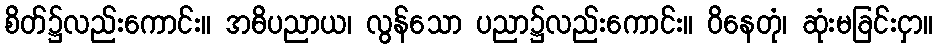
စိတ်၌လည်းကောင်း။ အဓိပညာယ၊ လွန်သော ပညာ၌လည်းကောင်း။ ဝိနေတုံ၊ ဆုံးမခြင်းငှာ။